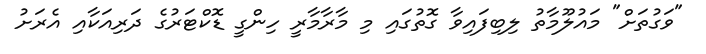
"ވަގުތަށް" މައުލޫމާތު ލިބިފައިވާ ގޮތުގައި މި މާރާމާރީ ހިންގީ ޑޮކްޓަރުގެ ދަރިއަކާއި އެރަށު